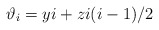
\begin{align*}\vartheta_i = yi + zi(i-1)/2\end{align*}